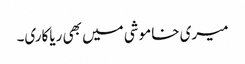
میری خاموشی میں بھی ریاکاری۔